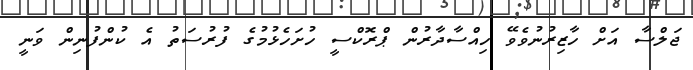
ޖަލްސާ އަށް ހާޒިރުނުވެވޭ ހިއްސާދާރުން ޕްރޮކްސީ ހުށަހެޅުމުގެ ފުރުސަތު އެ ކުންފުނިން ވަނީ